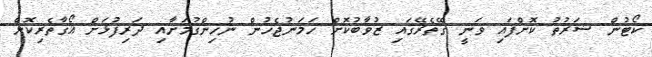
ކޯޓުން ޝަރުތު ކޮށްފައި ވަނީ ގޭތެރޭގައި ޒުވާބުކޮށް ހަމަނުޖެހުން ނުހިންގުމަށާއި ދަރިފުޅަށް އޯގާތެރިކޮށް